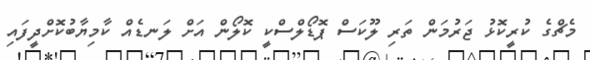
މެޗްގެ ކުރީކޮޅު ޖަރުމަން ތަރި ލޫކަސް ޕޮޑޯލްސްކީ ކޮލޯން އަށް ލަނޑެއް ކާމިޔާބުކޮށްދީފައި